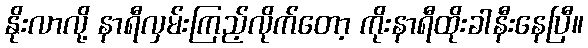
နိုးလာလို့ နာရီလှမ်းကြည့်လိုက်တော့ ကိုးနာရီထိုးခါနီးနေပြီ။